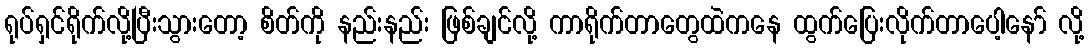
ရုပ်ရှင်ရိုက်လို့ပြီးသွားတော့ စိတ်ကို နည်းနည်း ဖြစ်ချင်လို့ ကာရိုက်တာတွေထဲကနေ ထွက်ပြေးလိုက်တာပေါ့နော် လို့